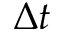
\Delta t